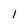
Character: 1